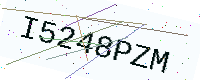
Text: I5248PZM